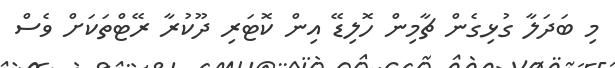
މި ބަދަލާ ގުޅިގެން ޗާމިން ހޮލިޑޭ އިން ކޮޓަރި ދޫކުރާ ރޭޓްތަކަށް ވެސް